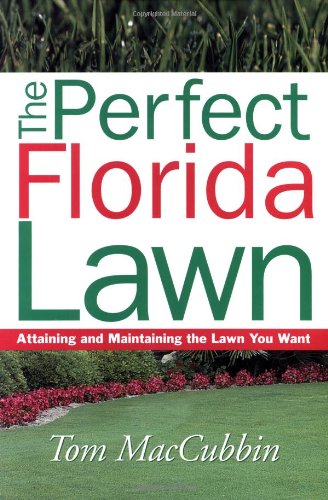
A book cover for The Perfect Florida Lawn: Attaining and Maintaining the Lawn You Want; Tom MacCubbin; Crafts, Hobbies & Home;